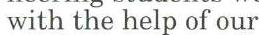
with the help of our